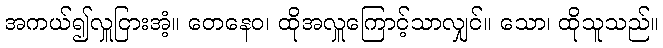
အကယ်၍လှူငြားအံ့။ တေနေဝ၊ ထိုအလှူကြောင့်သာလျှင်။ သော၊ ထိုသူသည်။